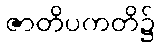
ဇာတိပကတိ၌